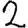
Digit: 2